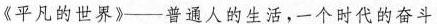
《平凡的世界》--普通人的生活，一个时代的奋斗